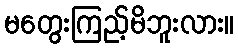
မတွေးကြည့်မိဘူးလား။